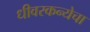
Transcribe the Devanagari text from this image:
धीवरकन्येचा